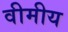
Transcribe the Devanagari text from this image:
वीमीय